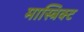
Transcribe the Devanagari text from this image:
मास्त्रिक्ट